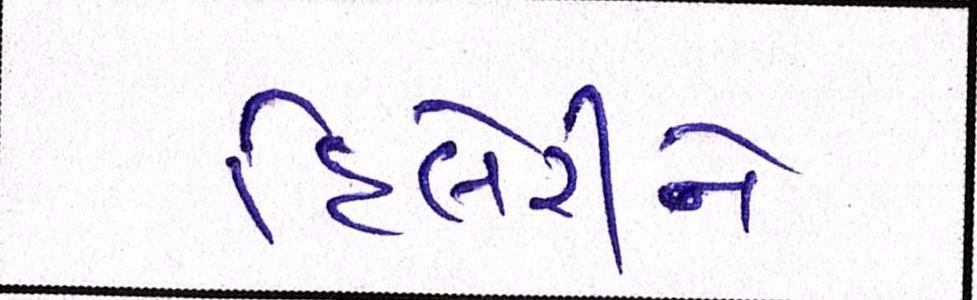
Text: હિલેરીનો